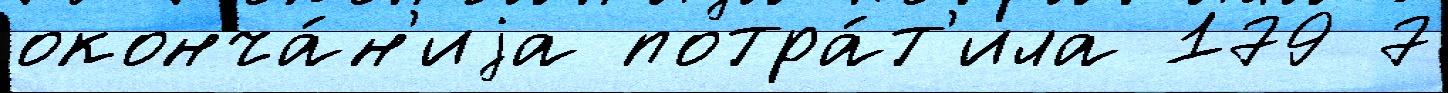
оконча́н'иjа потра́т'ила 179 7